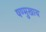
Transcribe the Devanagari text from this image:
षण्मुखाय